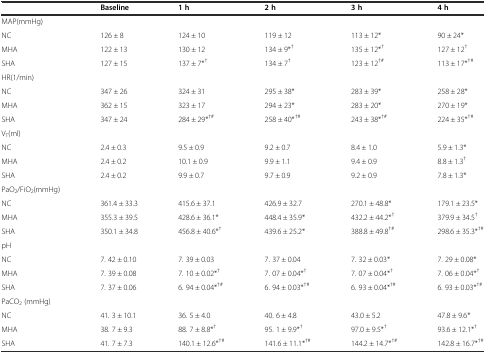
<table><thead><tr><td></td><td><b>Baseline</b></td><td><b>1 h</b></td><td><b>2 h</b></td><td><b>3 h</b></td><td><b>4 h</b></td></tr></thead><tbody><tr><td>MAP(mmHg)</td><td></td><td></td><td></td><td></td><td></td></tr><tr><td>NC</td><td>126 ± 8</td><td>124 ± 10</td><td>119 ± 12</td><td>113 ± 12*</td><td>90 ± 24*</td></tr><tr><td>MHA</td><td>122 ± 13</td><td>130 ± 12</td><td>134 ± 9*<sup>†</sup></td><td>135 ± 12*<sup>†</sup></td><td>127 ± 12<sup>†</sup></td></tr><tr><td>SHA</td><td>127 ± 15</td><td>137 ± 7*<sup>†</sup></td><td>134 ± 7<sup>†</sup></td><td>123 ± 12<sup>†#</sup></td><td>113 ± 17*<sup>†#</sup></td></tr><tr><td>HR(1/min)</td><td></td><td></td><td></td><td></td><td></td></tr><tr><td>NC</td><td>347 ± 26</td><td>324 ± 31</td><td>295 ± 38*</td><td>283 ± 39*</td><td>258 ± 28*</td></tr><tr><td>MHA</td><td>362 ± 15</td><td>323 ± 17</td><td>294 ± 23*</td><td>283 ± 20*</td><td>270 ± 19*</td></tr><tr><td>SHA</td><td>347 ± 24</td><td>284 ± 29*<sup>†#</sup></td><td>258 ± 40*<sup>†#</sup></td><td>243 ± 38*<sup>†#</sup></td><td>224 ± 35*<sup>†#</sup></td></tr><tr><td>V<sub>T</sub>(ml)</td><td></td><td></td><td></td><td></td><td></td></tr><tr><td>NC</td><td>2.4 ± 0.3</td><td>9.5 ± 0.9</td><td>9.2 ± 0.7</td><td>8.4 ± 1.0</td><td>5.9 ± 1.3*</td></tr><tr><td>MHA</td><td>2.4 ± 0.2</td><td>10.1 ± 0.9</td><td>9.9 ± 1.1</td><td>9.4 ± 0.9</td><td>8.8 ± 1.3<sup>†</sup></td></tr><tr><td>SHA</td><td>2.4 ± 0.2</td><td>9.9 ± 0.7</td><td>9.7 ± 0.9</td><td>9.2 ± 0.9</td><td>7.8 ± 1.3*</td></tr><tr><td>PaO<sub>2</sub>/FiO<sub>2</sub>(mmHg)</td><td></td><td></td><td></td><td></td><td></td></tr><tr><td>NC</td><td>361.4 ± 33.3</td><td>415.6 ± 37.1</td><td>426.9 ± 32.7</td><td>270.1 ± 48.8*</td><td>179.1 ± 23.5*</td></tr><tr><td>MHA</td><td>355.3 ± 39.5</td><td>428.6 ± 36.1*</td><td>448.4 ± 35.9*</td><td>432.2 ± 44.2*<sup>†</sup></td><td>379.9 ± 34.5<sup>†</sup></td></tr><tr><td>SHA</td><td>350.1 ± 34.8</td><td>456.8 ± 40.6*<sup>†</sup></td><td>439.6 ± 25.2*</td><td>388.8 ± 49.8<sup>†#</sup></td><td>298.6 ± 35.3*<sup>†#</sup></td></tr><tr><td>pH</td><td></td><td></td><td></td><td></td><td></td></tr><tr><td>NC</td><td>7. 42 ± 0.10</td><td>7. 39 ± 0.03</td><td>7. 37 ± 0.04</td><td>7. 32 ± 0.03*</td><td>7. 29 ± 0.08*</td></tr><tr><td>MHA</td><td>7. 39 ± 0.08</td><td>7. 10 ± 0.02*<sup>†</sup></td><td>7. 07 ± 0.04*<sup>†</sup></td><td>7. 07 ± 0.04*<sup>†</sup></td><td>7. 06 ± 0.04*<sup>†</sup></td></tr><tr><td>SHA</td><td>7. 37 ± 0.06</td><td>6. 94 ± 0.04*<sup>†#</sup></td><td>6. 94 ± 0.03*<sup>†#</sup></td><td>6. 93 ± 0.04*<sup>†#</sup></td><td>6. 93 ± 0.03*<sup>†#</sup></td></tr><tr><td>PaCO<sub>2</sub> (mmHg)</td><td></td><td></td><td></td><td></td><td></td></tr><tr><td>NC</td><td>41. 3 ± 10.1</td><td>36. 5 ± 4.0</td><td>40. 6 ± 4.8</td><td>43.0 ± 5.2</td><td>47.8 ± 9.6*</td></tr><tr><td>MHA</td><td>38. 7 ± 9.3</td><td>88. 7 ± 8.8*<sup>†</sup></td><td>95. 1 ± 9.9*<sup>†</sup></td><td>97.0 ± 9.5*<sup>†</sup></td><td>93.6 ± 12.1*<sup>†</sup></td></tr><tr><td>SHA</td><td>41. 7 ± 7.3</td><td>140.1 ± 12.6*<sup>†#</sup></td><td>141.6 ± 11.1*<sup>†#</sup></td><td>144.2 ± 14.7*<sup>†#</sup></td><td>142.8 ± 16.7*<sup>†#</sup></td></tr></tbody></table>